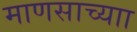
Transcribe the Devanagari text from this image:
माणसाच्याा